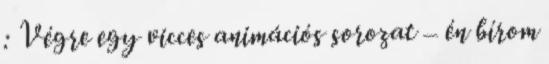
: Végre egy vicces animációs sorozat – én bírom